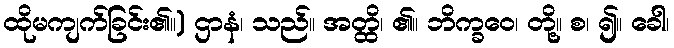
ထိုမကျက်ခြင်း၏။) ဌာနံ၊ သည်။ အတ္ထိ၊ ၏။ ဘိက္ခဝေ၊ တို့။ စ၊ ၍။ ခေါ၊